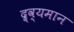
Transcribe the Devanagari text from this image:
द्र्व्यमान